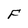
Character: F